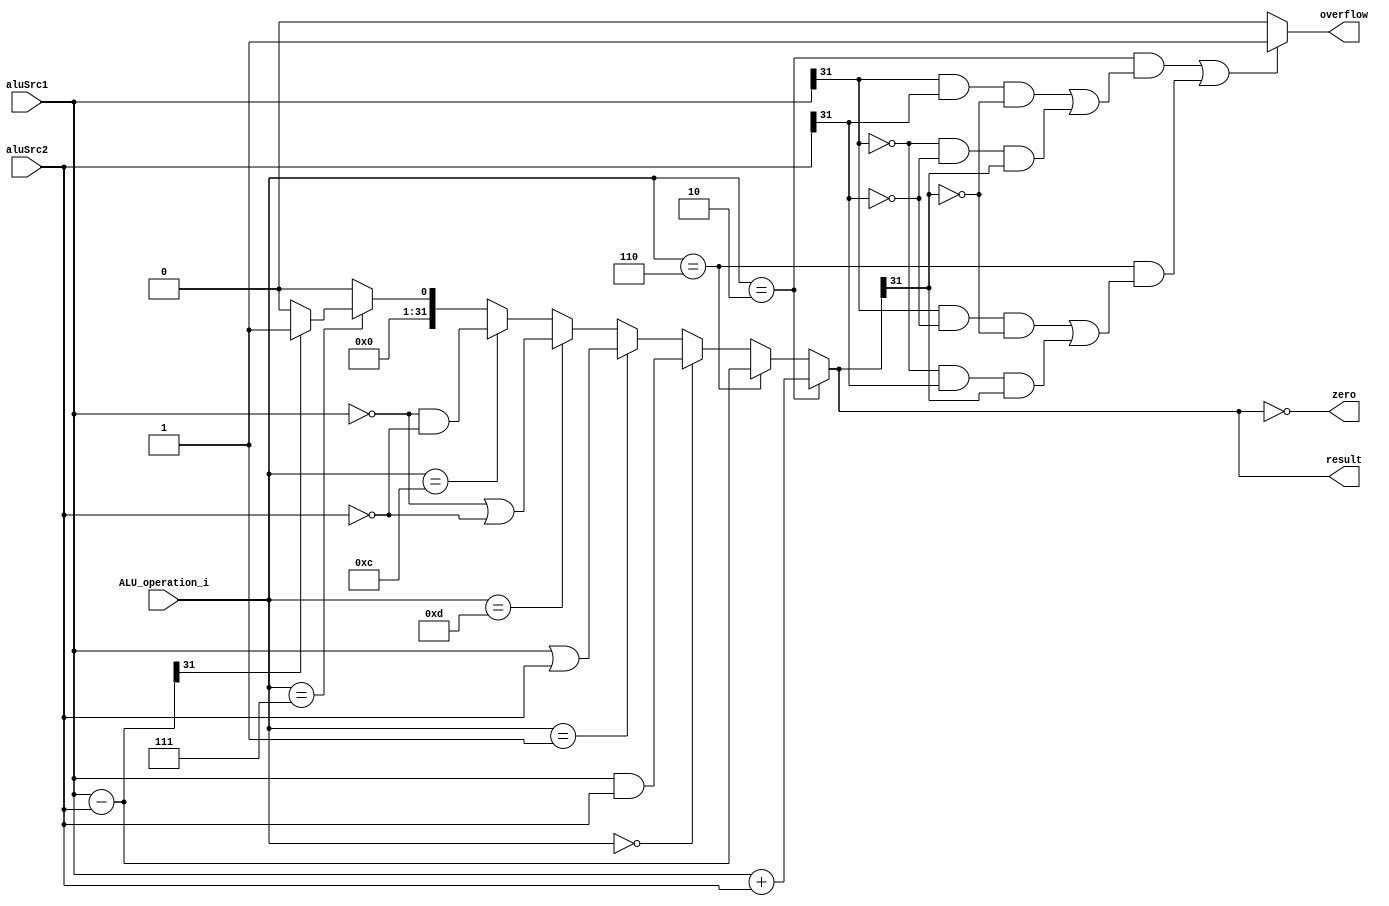
`define Add 4'b0010
`define Sub 4'b0110
`define And 4'b0000
`define Or 4'b0001
`define Nand 4'b1101
`define Nor 4'b1100
`define Slt 4'b0111
module ALU( aluSrc1, aluSrc2, ALU_operation_i, result, zero, overflow );

//I/O ports 
input	[32-1:0] aluSrc1;
input	[32-1:0] aluSrc2;
input	[4-1:0] ALU_operation_i;

output	[32-1:0] result;
output			 zero;
output			 overflow;

//Internal Signals
wire			 zero;
wire			 overflow;
wire	[32-1:0] result;
wire [32-1:0] retAdd;
wire [32-1:0] retSub;
wire [32-1:0] retAnd;
wire [32-1:0] retOr;
wire [32-1:0] retNand;
wire [32-1:0] retNor;
//Main function
/*your code here*/

  assign retAdd=aluSrc1+aluSrc2;
  assign retSub=aluSrc1-aluSrc2;
  assign retAnd=aluSrc1&aluSrc2;  
  assign retOr=aluSrc1|aluSrc2;
  assign retNand=(~aluSrc1)|(~aluSrc2);
  assign retNor=(~aluSrc1)&(~aluSrc2);
  assign retSlt=(retSub[31])?1:0;
  assign result= (ALU_operation_i==`Add)? retAdd:
                 (ALU_operation_i==`Sub)? retSub:
                 (ALU_operation_i==`And)? retAnd: 
                 (ALU_operation_i==`Or)? retOr:
                 (ALU_operation_i==`Nand)? retNand: 
                 (ALU_operation_i==`Nor)? retNor:
                 (ALU_operation_i==`Slt)? retSlt:0;

  assign zero= (result==0);
  assign overflow=(((ALU_operation_i==`Add) && ((aluSrc1[31]&&aluSrc2[31]&&!result[31]) || (!aluSrc1[31]&&!aluSrc2[31]&&result[31])))||
                  ((ALU_operation_i==`Sub) && ((aluSrc1[31]&&!aluSrc2[31]&&!result[31]) || (!aluSrc1[31]&&aluSrc2[31]&&result[31]))))?1:0;

          
endmodule